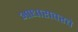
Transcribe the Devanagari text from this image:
आधारावरचे